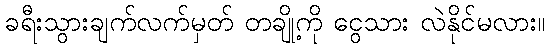
ခရီးသွားချက်လက်မှတ် တချို့ကို ငွေသား လဲနိုင်မလား။